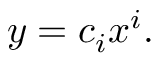
y = c _ { i } x ^ { i } .